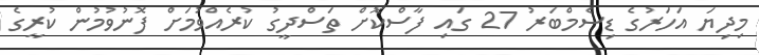
މިދިޔަ އަހަރުގެ ޑިސެމްބަރު 27 ގައި ފާސްކޮށް ތަސްދީގު ކުރެއްވުމަށް ފޮނުވުމުން ކުރީގެ